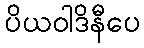
ပိယဝါဒိနီပေ